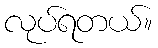
လုပ်ရတယ်။